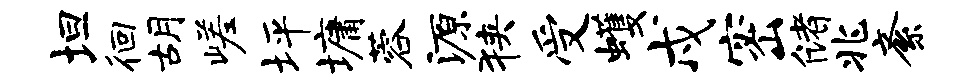
坦徊胡嵯坪墉蓉源狭受蠖戍密储兆紊